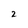
Character: 2